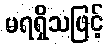
မရရှိသဖြင့်